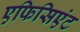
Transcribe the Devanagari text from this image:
एफिसिएंट